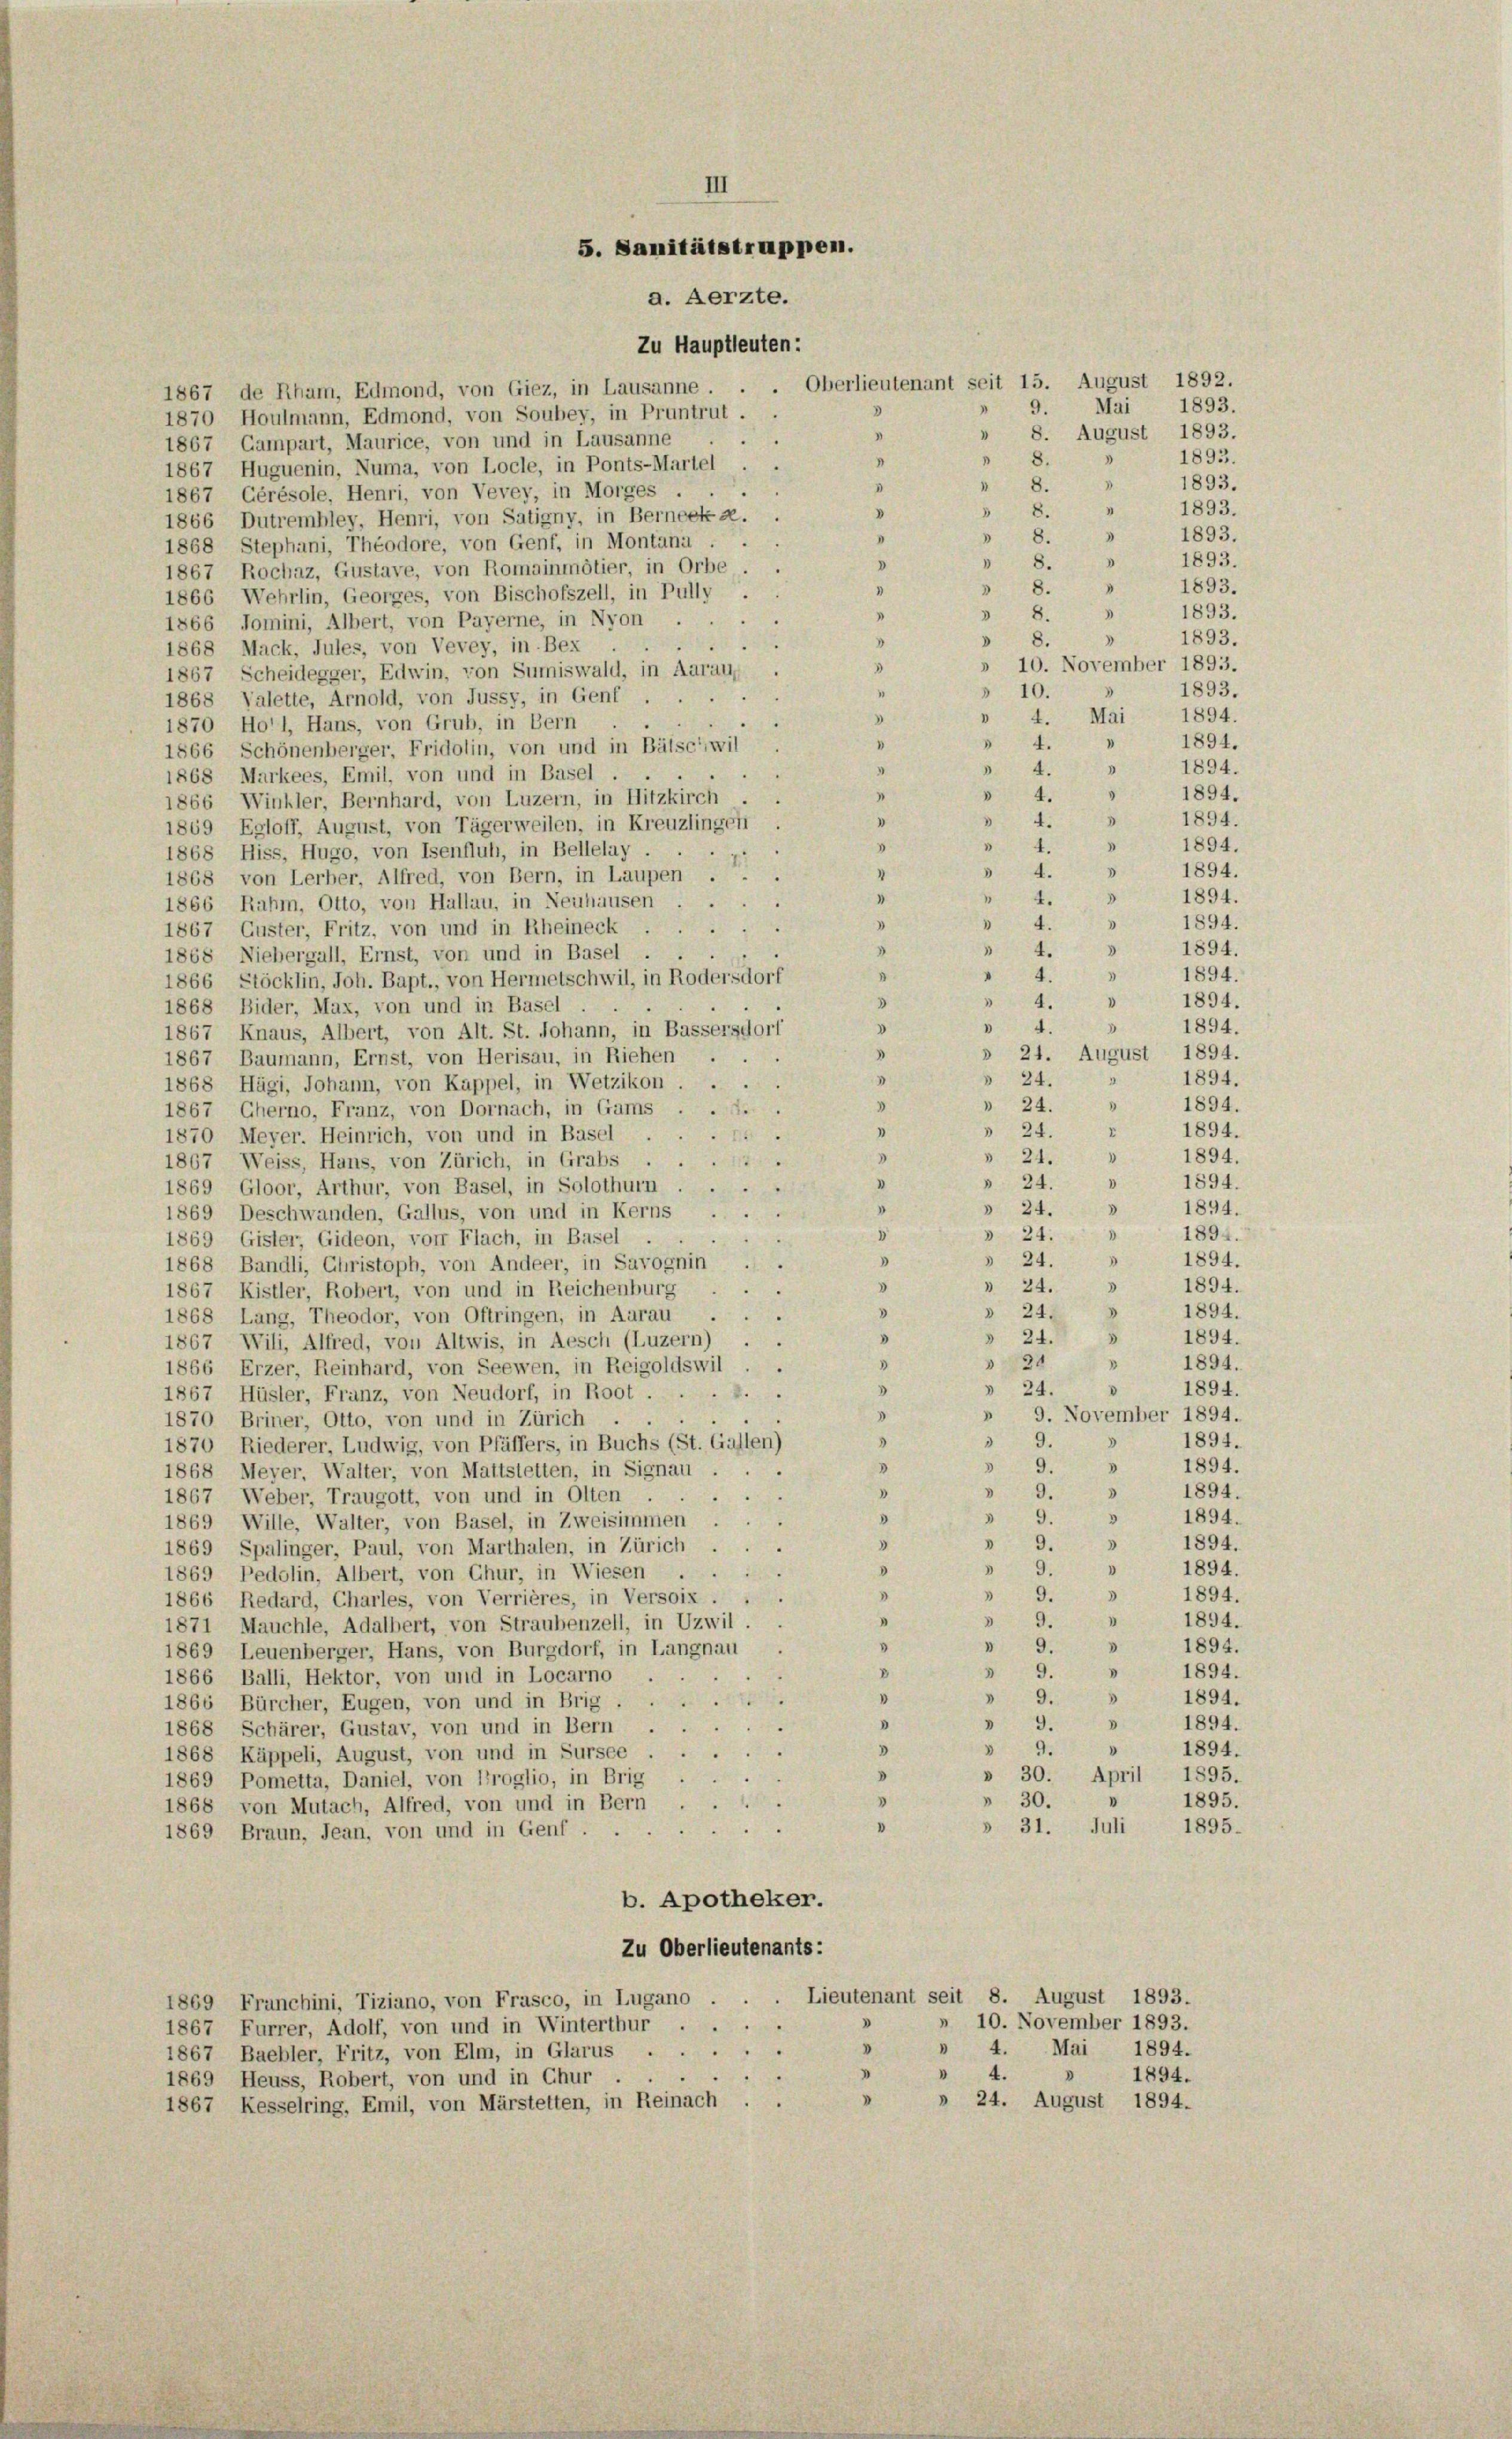
III
5. Sanitätstruppen.
a. Aerzte.

Zu Hauptleuten:
. Oberlieutenant seit 15. August 1892.
1867 de Rham, Edmond, von Giez, in Lausanne.
3
1870 Houlmann, Edmond, von Soubey, in Pruntrut .
I
1867 Campart, Maurice, von und in Lausanne
"
1
1867 Huguenin, Numa, von Locle, in Ponts-Martel
8.
3
1867 Gérésole, Henri, von Vevey, in Morges .
 8.
1866 Dutrembley, Henri, von Satigny, in Berneck a.
3
3
189:
.
1868 Stephani, Theodore, von Genf, in Montana . .
I
8.
I
D
1867 Rochaz, Gustave, von Romainmötier, in Orbe.
 8.
I
1866 Wehrlin, Georges, von Bischofszell, in Pully . .
8.
3
1866 Jomini, Albert, von Payerne, in Nyon.
0
8.
V
1868 Mack, Jules, von Vevey, in Bex
8
1867 Scheidegger, Edwin, von Sumiswald, in Aaraus
“
» 10.
5
1868 Valette, Arnold, von Jussy, in Genf
4.
V
1870 Holl, Hans, von Grub, in Bern
 4.
"
1866 Schönenberger, Fridolin, von und in Bätschwil .
 4.
3
1868 Markees, Emil, von und in Basel
" 4. 5
1
1866 Winkler, Bernhard, von Luzern, in Hitzkirch . .
» 4. » 1894.
“
1869 Egloff, August, von Tägerweilen, in Kreuzlingen
" 4.
5
1868 Hiss, Hugo, von Isenfluh, in Bellelay.
 4. 5
“
1868 von Lerber, Alfred, von Bern, in Laupen ...
1
“
1866 Rahm, Otto, von Hallau, in Neuhausen
"
 4.
1867, Guster, Fritz, von und in Rheineck
» 4. » 1894.
8
1868 Niebergall, Ernst, von und in Basel .
" 4.
.
1866 Stöcklin, Joh. Bapt., von Hermetschwil, in Rodersdorf
8
1868 Bider, Max, von und in Basel
 4. 5
V
1867 Knaus, Albert, von Alt. St. Johann, in Bassersdorf
8
.
1867 Baumann, Ernst, von Herisau, in Riehen
3
1868 Hägi, Johann, von Kappel, in Wetzikon.
 24.
.
1867 Cherno, Franz, von Dornach, in Gams .....
1
 24.
1870 Meyer. Heinrich, von und in Basel.
 14
2
 21.
1867 Weiss, Hans, von Zürich, in Grabs......
I
» 24.
1869 Gloor, Arthur, von Basel, in Solothurn ....
» 24.
I
1869 Deschwanden, Gallus, von und in Kerns ....
 24.
1894.
d
1869 Gisler, Gideon, von Flach, in Basel.
1894.
» 24.
3
1
1868 Bandli, Christoph, von Andeer, in Savognin
.
» 24.
1894.
1867 Kistler, Robert, von und in Reichenburg
d
3
3
» 24.
1894.
1868 Lang, Theodor, von Oftringen, in Aarau ...
.
» 24. 5
1894.
1867 Wili, Alfred, von Altwis, in Aesch (Luzern) . .
 20
d
1894.
3
1866 Erzer, Reinhard, von Seewen, in Reigoldswil
.
3
» 24.
1894.
d
1867 Hüsler, Franz, von Neudorf, in Root ......
» 9. November 1894.
1870 Briner, Otto, von und in Zürich .
1894.
3 9.
1870 Riederer, Ludwig, von Pfäffers, in Buchs (St. Gallen)
2
D
1894.
9.
.
1868 Meyer, Walter, von Mattstelten, in Signau.
e
3
 9.
1894.

1867 Weber, Traugott, von und in Olten
1894.
3
 9.
8
1869 Wille, Walter, von Basel, in Zweisimmen ...
 9. »
3
.
1869 Spalinger, Paul, von Marthalen, in Zürich.
» 9.
» 1894.
.
e
1869 Pedolin, Albert, von Chur, in Wiesen . .
" 9.
8
1894.
1866 Redard, Charles, von Verrières, in Versoix.
.
1894.
"
§ 9.
1871 Mauchle, Adalbert, von Straubenzell, in Uzwil
» 1894.
 9.
"
1869 Leuenberger, Hans, von Burgdorf, in Langnau.
B
9.
"
“
1894.
1866 Balli, Hektor, von und in Locarno
1
" 9.
3
1894.
1866 Bürcher, Eugen, von und in Brig
 9.
D
.
1868 Schärer, Gustav, von und in Bern .
 9.
 1894.
3
1868 Käppeli, August, von und in Sursee
"
» 30. April 1895.
1869 Pometta, Daniel, von Troglio, in Brig
“
» 30.
1895.
¬
1868 von Mutach, Alfred, von und in Bern
» 31. Juli 1895.

1869 Braun, Jean, von und in Genf.
b. Apotheker.
Zu Oberlieutenants:
1869 Franchini, Tiziano, von Frasco, in Lugano . . . Lieutenant seit 8. August 1893.
» 10. November 1893.
1867 Furrer, Adolf, von und in Winterthur . .
V
» 4. Mai 1894.
1867 Baebler, Fritz, von Elm, in Glarus.
I
4.
1894.
1869 Heuss, Robert, von und in Chur ...
» 24. August 1894.
1867 Kesselring, Emil, von Märstetten, in Reinach . .

9. Mai 1893.
8. August 1893.
1893.
1893.
1
1893.
1

» 24. " 1894.

1893.
0
1893.
d
1893.
8
1893.
3
» 10. November 1893.
1893.
1894.
Mai
1
1894.
V
1894.
1894.
1894.
» 4. » 1894.
1894.
3
1894.
4
» 4. » 1894.
1894.
» 21. August 1894.
1894.
1894.
1894.
1894.
0
1894.
3
.

1894.

1894.
1894.